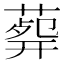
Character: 𦸟